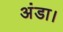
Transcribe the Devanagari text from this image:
अंडा।